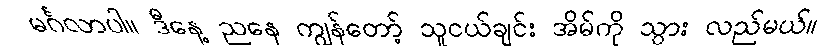
မင်္ဂလာပါ။ ဒီနေ့ ညနေ ကျွန်တော့် သူငယ်ချင်း အိမ်ကို သွား လည်မယ်။